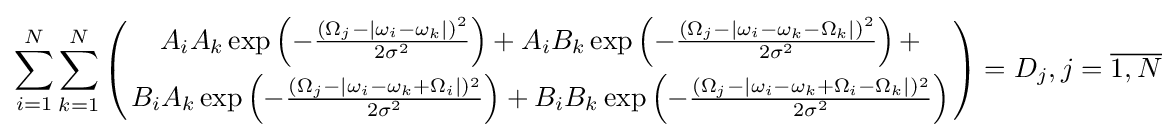
\sum _{i=1}^{N}\sum _{k=1}^{N}\left({A_{i}A_{k}\exp \left(-{\frac {(\Omega _{j}-|\omega _{i}-\omega _{k}|)^{2}}{2\sigma ^{2}}}\right)+A_{i}B_{k}\exp \left(-{\frac {(\Omega _{j}-|\omega _{i}-\omega _{k}-\Omega _{k}|)^{2}}{2\sigma ^{2}}}\right)+ \atop B_{i}A_{k}\exp \left(-{\frac {(\Omega _{j}-|\omega _{i}-\omega _{k}+\Omega _{i}|)^{2}}{2\sigma ^{2}}}\right)+B_{i}B_{k}\exp \left(-{\frac {(\Omega _{j}-|\omega _{i}-\omega _{k}+\Omega _{i}-\Omega _{k}|)^{2}}{2\sigma ^{2}}}\right)}\right)=D_{j},j={\overline {1,N}}